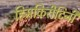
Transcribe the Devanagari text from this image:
हिमकिरीटिनी